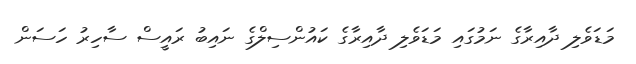
މަޑަވެލި ދާއިރާގެ ނަމުގައި މަޑަވެލި ދާއިރާގެ ކައުންސިލްގެ ނައިބު ރައީސް ސާހިރު ހަސަން